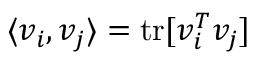
\langle v _ { i } , v _ { j } \rangle = \mathrm { t r } [ v _ { i } ^ { T } v _ { j } ]